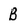
Character: B